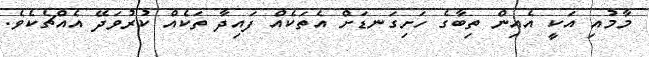
މާމުއި އަކީ އެއިން ތިބާގެ ހަށިގަނޑަށް އެތަކެއް ފައިދާ ތަކެއް ކުރުވަދޭ އެއްޗެކެވެ.